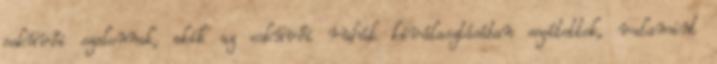
esküvői szalonnak, akik az esküvői ruhák kiválasztásában segítettek, valamint